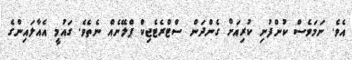
އެވެ. ނަމަވެސް ކުންފުނި ކުރިއަށް ގެންދަން ސްޓްރެޓެޖިކް ޕްލޭނެއް ނެތެވެ. ގައުމީ އެއާލައިންގެ